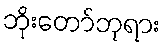
ဘိုးတော်ဘုရား